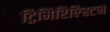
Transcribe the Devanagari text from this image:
ट्रिमिरिल्स्टिन